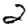
Digit: 2